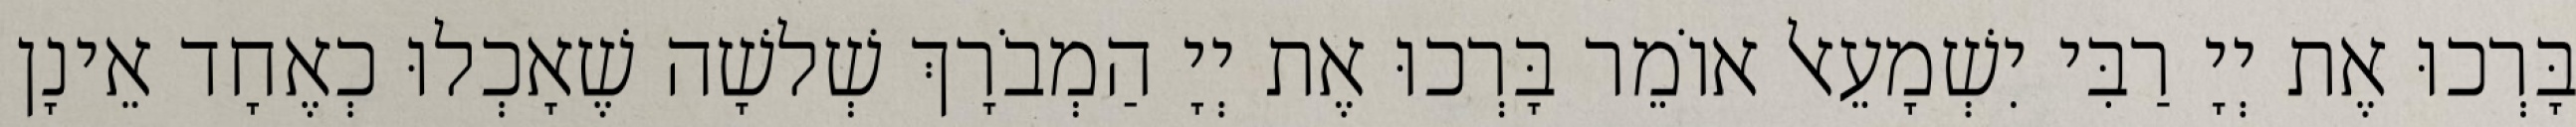
בָּרְכוּ אֶת יְיָ רַבִּי יִשְׁמָעֵאל אוֹמֵר בָּרְכוּ אֶת יְיָ הַמְבֹרָךְ שְׁלשָׁה שֶׁאָכְלוּ כְאֶחָד אֵינָן